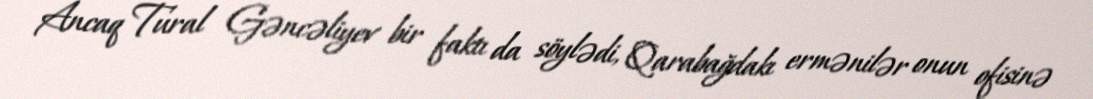
Ancaq Tural Gəncəliyev bir faktı da söylədi, Qarabağdakı ermənilər onun ofisinə